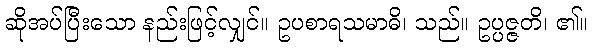
ဆိုအပ်ပြီးသော နည်းဖြင့်လျှင်။ ဥပစာရသမာဓိ၊ သည်။ ဥပ္ပဇ္ဇတိ၊ ၏။